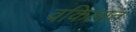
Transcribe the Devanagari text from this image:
वकिलात